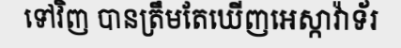
ទៅវិញ បានត្រឹមតែឃើញអេស្កាវ៉ាទ័រ